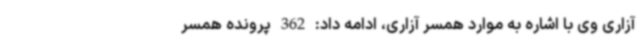
آزاری وی با اشاره به موارد همسر آزاری، ادامه داد: 362 پرونده همسر